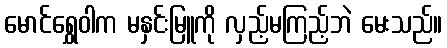
မောင်ရွှေဝါက မနှင်းမြူကို လှည့်မကြည့်ဘဲ မေးသည်။